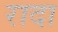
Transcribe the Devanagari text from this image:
रादा